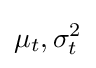
\mu _{t},\sigma _{t}^{2}